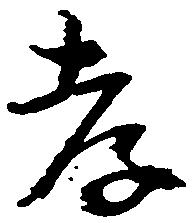
孝